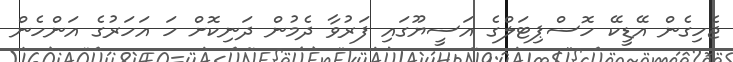
ޖެހިގެން އޭޑީކޭ ހޮސްޕިޓަލްގެ އަސީޔޫގައި ފަރުވާ ދެމުން ދަނިކޮށް ހަ އަހަރުގެ އަންހެން